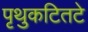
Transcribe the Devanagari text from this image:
पृथुकटितटे